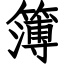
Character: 簿